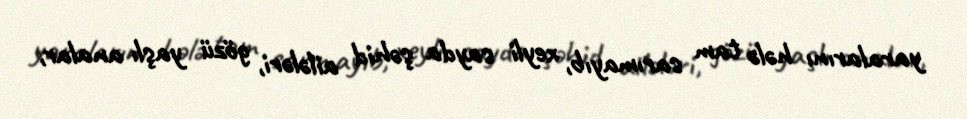
yaralarını hələ tam sarımayıb, xeyli sayda şəhid ailələri, gözü yaşlı analar,